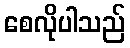
စေလိုပါသည်